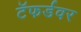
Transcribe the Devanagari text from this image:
टॅफर्डवर